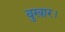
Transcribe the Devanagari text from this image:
बुखार।